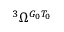
{ } ^ { 3 } \Omega ^ { G _ { 0 } T _ { 0 } }